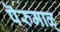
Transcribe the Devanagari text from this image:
पॆरुमाळ्